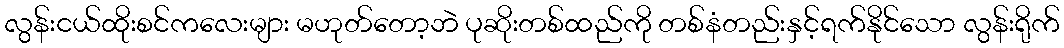
လွန်းငယ်ထိုးစင်ကလေးများ မဟုတ်တော့ဘဲ ပုဆိုးတစ်ထည်ကို တစ်နံတည်းနှင့်ရက်နိုင်သော လွန်းရိုက်